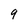
Character: 9